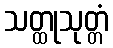
သတ္ထုသုတ္တံ